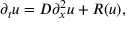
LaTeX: \partial _ { t } u = D \partial _ { x } ^ { 2 } u + R ( u ) ,